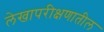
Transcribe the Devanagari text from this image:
लेखापरीक्षणातील